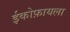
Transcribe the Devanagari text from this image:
ईकोफ़ायला